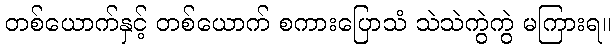
တစ်ယောက်နှင့် တစ်ယောက် စကားပြောသံ သဲသဲကွဲကွဲ မကြားရ။